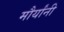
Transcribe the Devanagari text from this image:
मौर्यांनी